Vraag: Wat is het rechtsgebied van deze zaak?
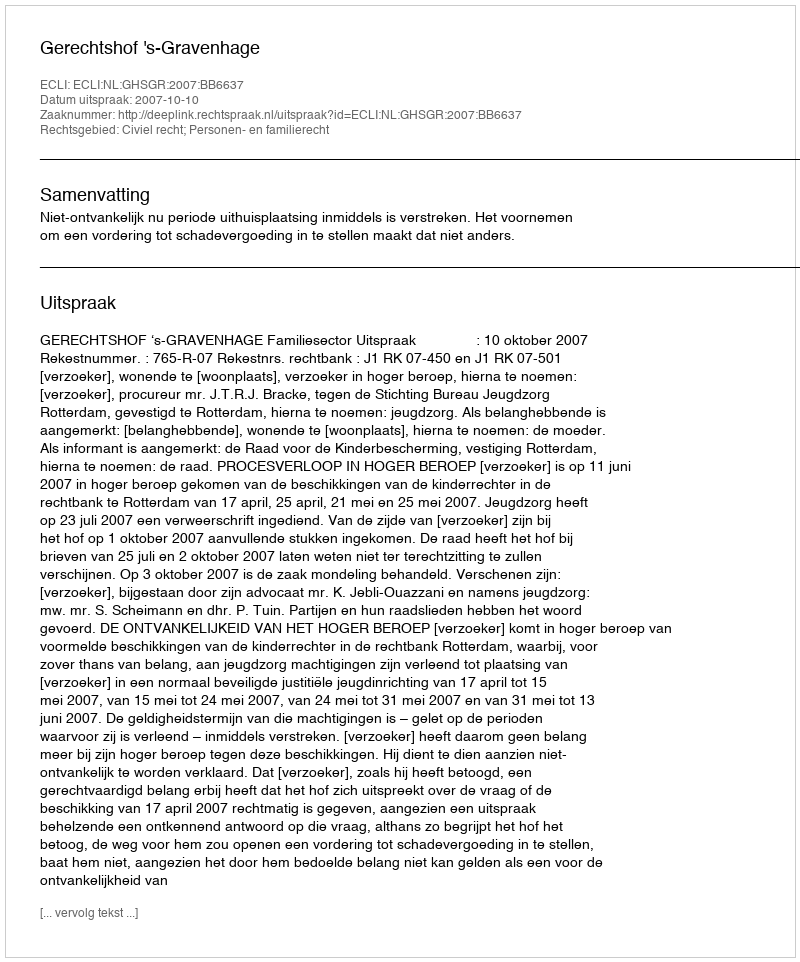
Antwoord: Civiel recht; Personen- en familierecht